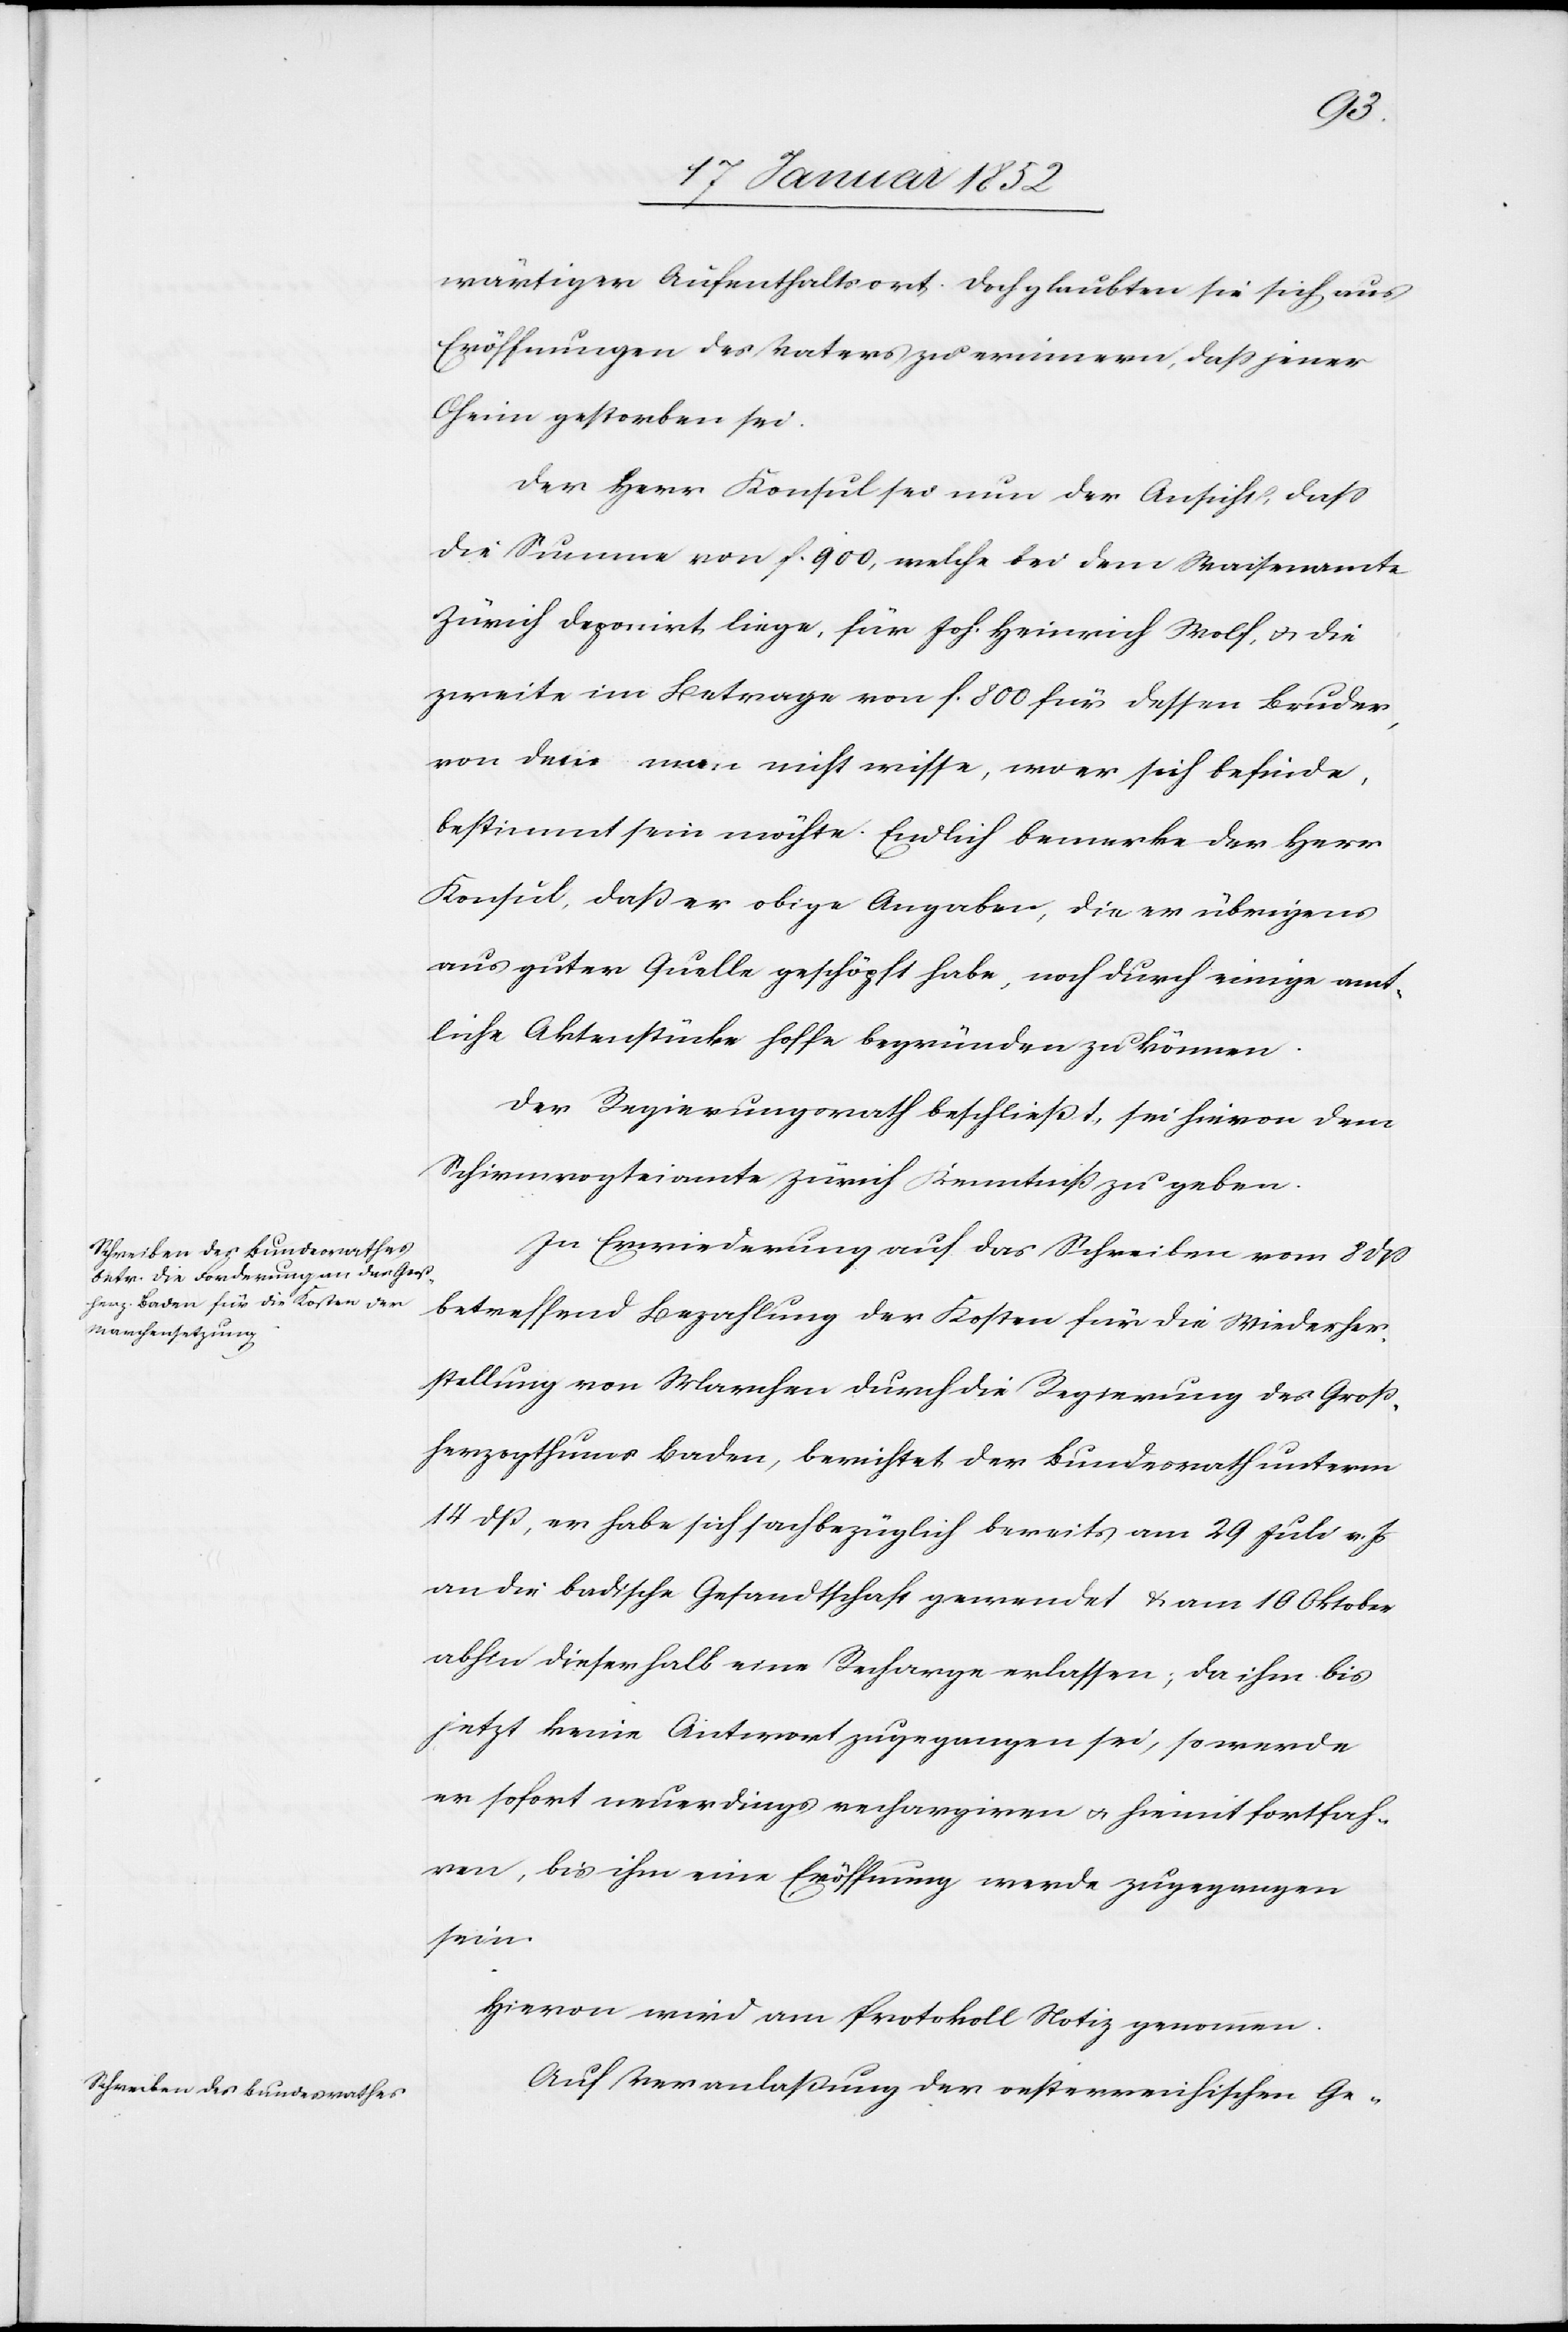
wärtigen Aufenthaltsort. Doch glaubten sie sich aus
Eröffnungen des Vaters zu erinnern, daß jener
Oheim gestorben sei.
Der Herr Konsul sei nun der Ansicht, daß
die Summe von f. 900, welche bei dem Waisenamte
Zürich deponirt liege, für Joh. Heinrich Wolf, u. die
zweite im Betrage von f. 800 für dessen Bruder,
von dem man nicht wissen, wo er sich befinde,
bestimmt sein möchte. Endlich bemerke der Herr
Konsul, daß er obige Angaben, die er übrigens
aus guter Quelle geschöpft habe, noch durch einige amt¬
liche Aktenstücke hoffe begründen zu können.
Der Regierungsrath beschließt, sei hievon dem
Schirmvogteiamte Zürich Kenntniß zu geben.
In Erwiederung auf das Schreiben vom 8 dß
betreffend Bezahlung der Kosten für die Wiederher¬
stellung von Marchen durch die Regierung des Groß¬
herzogthumes Baden, berichtet der Bundesrath unterm
14 dß, er habe sich sachbezüglich bereits vom 29 Juli v. Js
an die badische Gesandtschaft gewendet u. am 10 Oktober
abhin diesenhalb eine Recharge erlassen; da ihm bis
jetzt keine Antwort zugegangen sei, so werde
er sofort neuerdings rechargieren u. hiemit fortfah¬
ren, bis ihm eine Eröffnung werde zugegangen
sein.
Hievon wird am Protokoll Notiz genommen.
Auf Veranlaßung der oesterreichischen Ge-